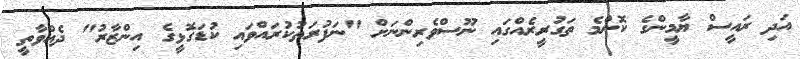
އަދި ރައީސް ޔާމީންގެ ކޮންމެ ތަގުރީރެއްގައި ނޫސްވެރިންނަށް "ނަފުރަތުކުރައްވައި ކުޑަގޮޅީގެ އިންޒާރު" ދެއްވާތީ